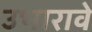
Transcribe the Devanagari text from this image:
उभारावे